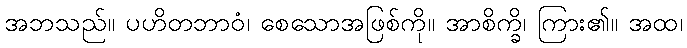
အဘသည်။ ပဟိတဘာဝံ၊ စေသောအဖြစ်ကို။ အာစိက္ခိ၊ ကြား၏။ အထ၊